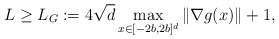
\begin{align*}L\ge L_G:=4\sqrt{d} \max_{x\in [-2b, 2b]^d} \|\nabla g(x)\| +1,\end{align*}